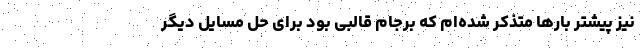
نیز پیشتر بارها متذکر شده‌ام که برجام قالبی بود برای حل مسایل دیگر